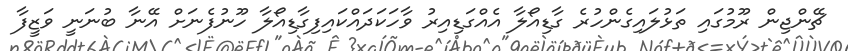
ޗޭންޖިން ރޫމުގައި ތަޅުލައިގެންހުރެ ގާޑިއޯލާ އެއްގަޑިއިރު ވާހަކަދައްކައިފިގާޑިއޯލާ ހޫނުފެނަށް އޭނާ ބުނަނީ ވަޒީފާ